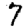
Digit: 7